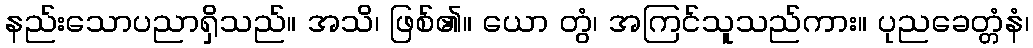
နည်းသောပညာရှိသည်။ အသိ၊ ဖြစ်၏။ ယော တွံ၊ အကြင်သူသည်ကား။ ပုညခေတ္တံနံ၊